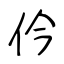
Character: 仱